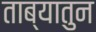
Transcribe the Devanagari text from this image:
ताब्यातुन